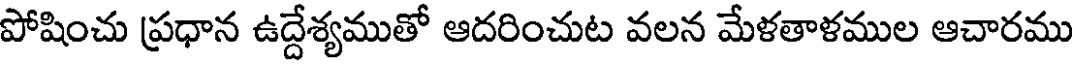
పోషించు ప్రధాన ఉద్దేశ్యముతో ఆదరించుట వలన మేళతాళముల ఆచారము